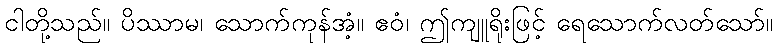
ငါတို့သည်။ ပိဿာမ၊ သောက်ကုန်အံ့။ ဧဝံ၊ ဤကျူရိုးဖြင့် ရေသောက်လတ်သော်။